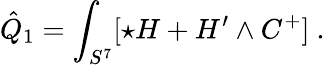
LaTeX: \hat{Q}_{1}=\int_{S^{7}}[\star H+H^{\prime}\wedge C^{+}]\ .